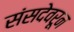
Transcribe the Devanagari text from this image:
संसदेवरून